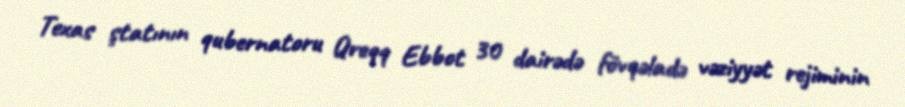
Texas ştatının qubernatoru Qreqq Ebbot 30 dairədə fövqəladə vəziyyət rejiminin